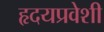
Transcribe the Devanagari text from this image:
हृदयप्रवेशी